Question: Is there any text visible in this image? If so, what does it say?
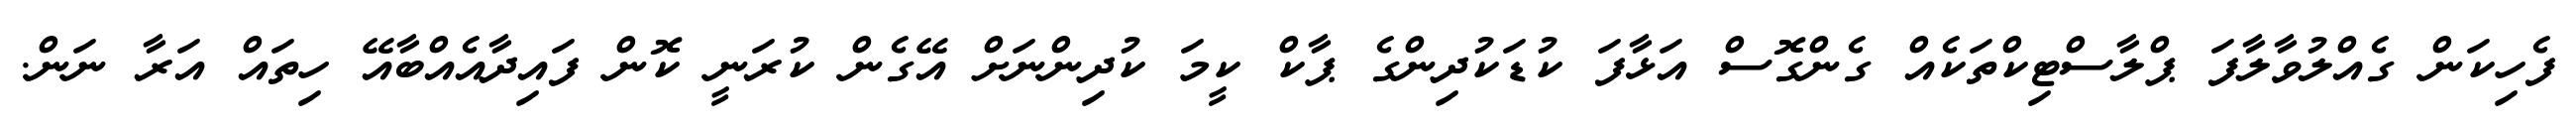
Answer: ފެހިކަން ގެއްލުވާލާފަ ޕްލާސްޓިކްތަކެއް ގެންގޮސް އަޅާފަ ކުޑަކުދިންގެ ޕާކް ކީމަ ކުދިންނަށް އޭގެން ކުރަނީ ކޮން ފައިދާއެއްބާއޭ ހިތައް އަރާ ނަން.